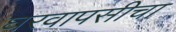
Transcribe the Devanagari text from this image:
घरवापसीचा